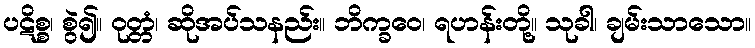
ပဋိစ္စ၊ စွဲ၍။ ဝုတ္တံ၊ ဆိုအပ်သနည်း။ ဘိက္ခဝေ၊ ရဟန်းတို့။ သုခါ၊ ချမ်းသာသော။